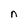
Character: n